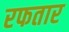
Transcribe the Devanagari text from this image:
रफतार